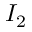
I _ { 2 }